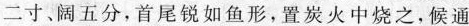
二寸、阔五分，首尾锐如鱼形，置炭火中烧之，候通